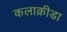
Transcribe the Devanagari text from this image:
कलाक्रीडा